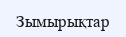
Зымырықтар